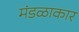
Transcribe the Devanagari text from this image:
मंडळाकार